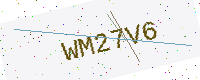
Text: WM27V6